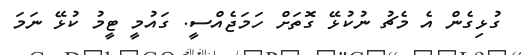
ގުޅިގެން އެ މެޗު ނުކުޅޭ ގޮތަށް ހަމަޖެއްސީ. ގައުމީ ޓީމު ކުޅޭ ނަމަ